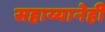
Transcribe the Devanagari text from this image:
सहाय्यानेही